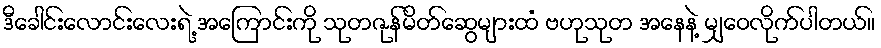
ဒီခေါင်းလောင်းလေးရဲ့ အကြောင်းကို သုတဇုန်မိတ်ဆွေများထံ ဗဟုသုတ အနေနဲ့ မျှဝေလိုက်ပါတယ်။